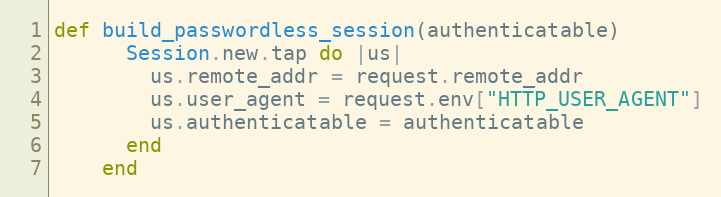
Language: Ruby
def build_passwordless_session(authenticatable)
      Session.new.tap do |us|
        us.remote_addr = request.remote_addr
        us.user_agent = request.env["HTTP_USER_AGENT"]
        us.authenticatable = authenticatable
      end
    end